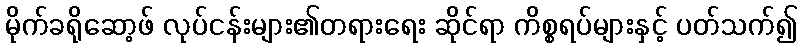
မိုက်ခရိုဆော့ဖ် လုပ်ငန်းများ၏တရားရေး ဆိုင်ရာ ကိစ္စရပ်များနှင့် ပတ်သက်၍